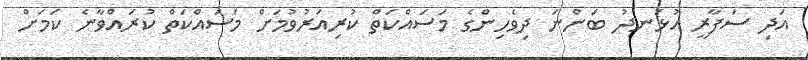
އަދި ސަފާރީ އުޅަނދު ބަންނަ ދިވެހިންގެ މަސައްކަތް ކުރިއަރުވުމަށް މަސައްކަތް ކުރައްވާނެ ކަމަށް